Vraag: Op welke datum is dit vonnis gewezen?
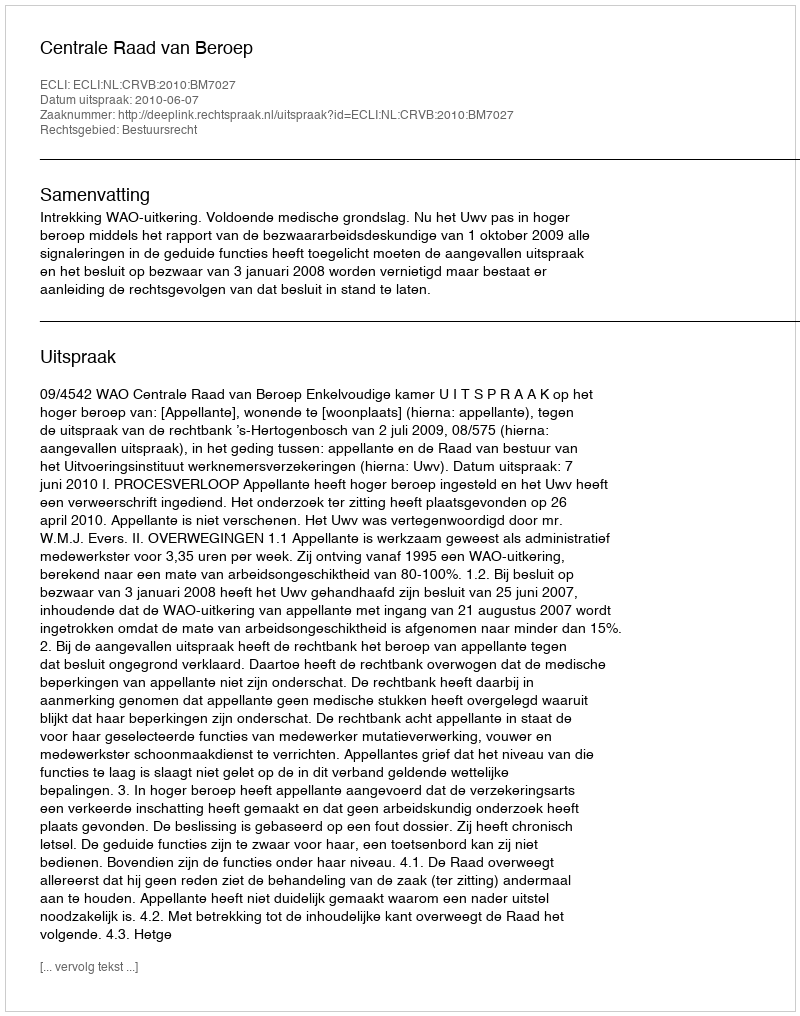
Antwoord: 2010-06-07